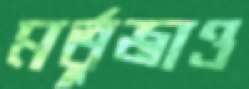
মর্তুজাও